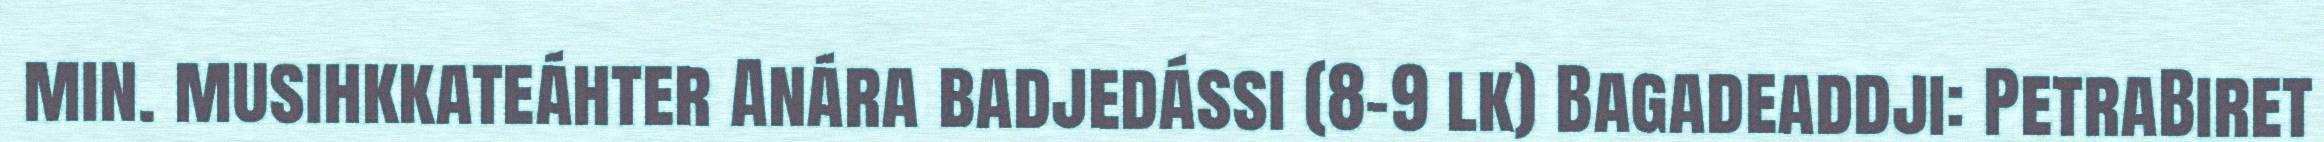
min. musihkkateáhter Anára badjedássi (8-9 lk) Bagadeaddji: PetraBiret